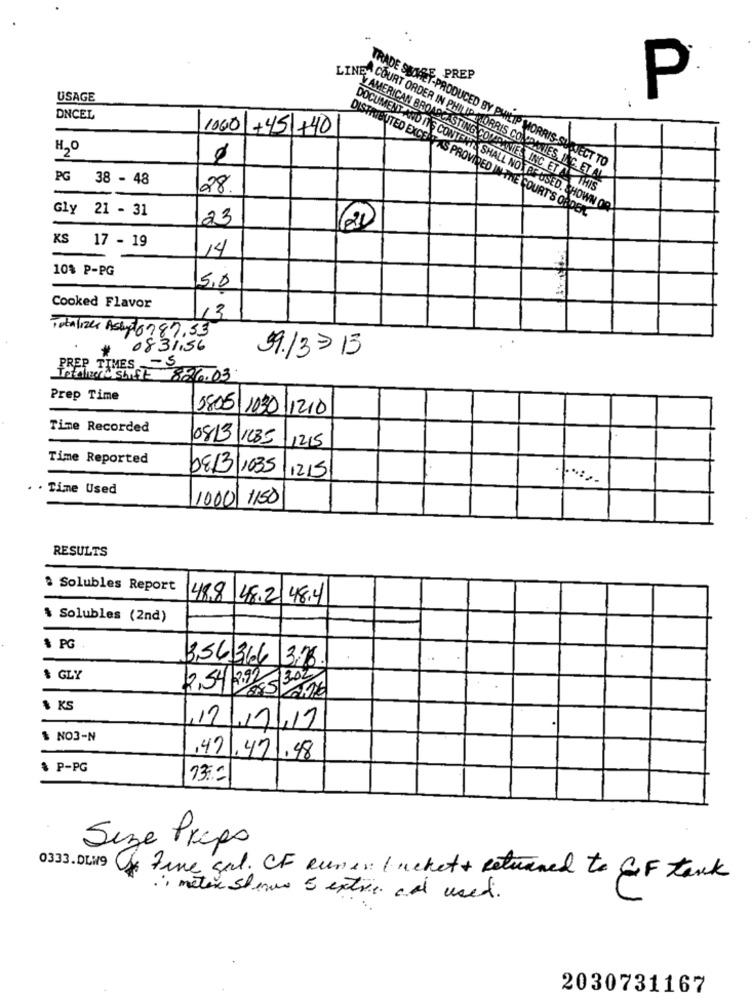
PREP
USAGE
P
DNCEL
1060 +45 +40
H20
TRADE SEOFET-PRODUCED BY PHILIP MORRIS-SUBJECT TO
PG 38 - 48
ETNEN COURT ORDER IN PHILIP MORRIS COMPANIES, INC. ET AL
080
"V AMERICAN BROADCASTING COMPANIES INC. ET A. THIS
Gly 21 - 31
DOCUMENT AND ITS CONTENTS SHALL NOT BEUSED. SHOWN OR
23
DISTRIBUTED EXCENT AS PROVIDED IN THE COURT'S ORDER.
KS 17 - 19
14
10% P-PG
5,0
Cooked Flavor
13
Totalizar Assy 6787.53
0831,56
59.13-13
PREP TIMES -5
tud Shift 826.03
Prep Time
5805 1030 1210
Tine Recorded
0813/1085
1215
Time Reported
09/3/1035
11215
. . Time Used
1000 1150
RESULTS
8 Solubles Report
488 48.2 48.4
$ Solubles (2nd)
* PG
3,56366
3.26.
$ GLY
2,54 2.99 302
$ KS
12/7/17
$ NO3-N
,42.42.48
& P-PG
13:2
Size Pripo
0333. DEN9 Fine sal. CF aures Ineket + Returned to Golf tank
· meter Stens 5 extric and used.
2030731167